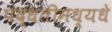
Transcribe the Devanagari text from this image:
पद्धतीमध्यधे